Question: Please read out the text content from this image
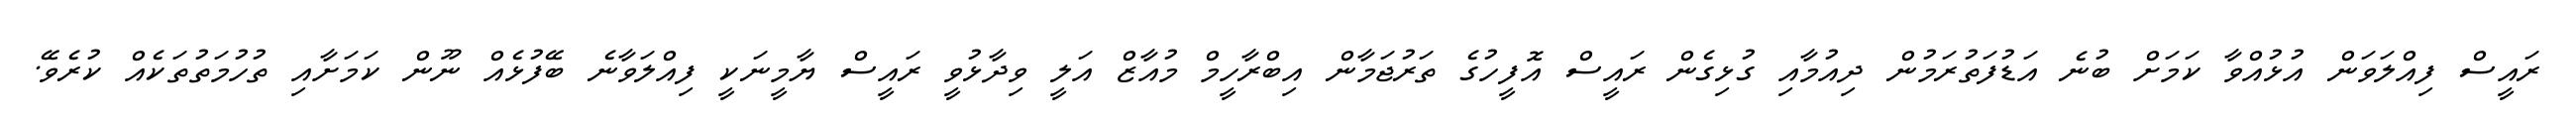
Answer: ރައީސް ފިއްލަވަން އުޅުއްވާ ކަމަށް ބުނެ އަޑުފަތުރަމުން ދިއުމާއި ގުޅިގެން ރައީސް އޮފީހުގެ ތަރުޖަމާން އިބްރާހީމް މުއާޒް އަލީ ވިދާޅުވީ ރައީސް ޔާމީނަކީ ފިއްލަވާނެ ބޭފުޅެއް ނޫން ކަމަށާއި ތުހުމަތުތަކެއް ކުރެވޭ.